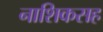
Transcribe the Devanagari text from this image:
नाशिकसह